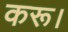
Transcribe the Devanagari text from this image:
करू।